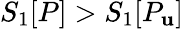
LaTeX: S_{1}[P]>S_{1}[P_{\mathbf{u}}]